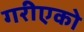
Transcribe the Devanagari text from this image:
गरीएको